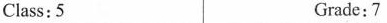
Class:5 Grade:7